Report of the Indian Hemp Drugs Commission, 1894-1895 - Volume VII
Year: 1894
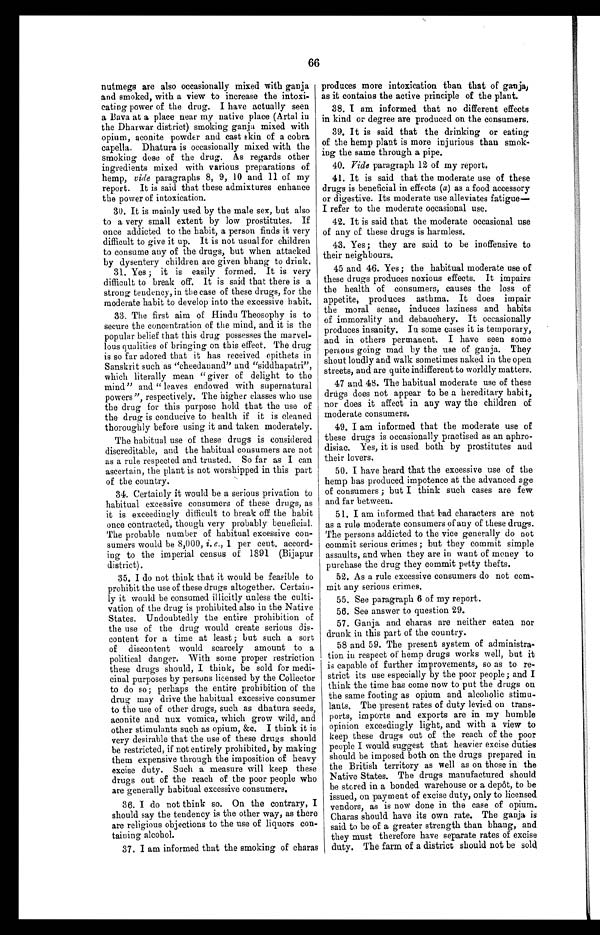
66
nutmegs are also occasionally mixed with ganja
and smoked, with a view to increase the intoxi-
cating power of the drug. I have actually seen
a Bava at a place near my native place (Artal in
the Dharwar district) smoking ganja mixed with
opium, aconite powder and cast skin of a cobra
capella. Dhatura is occasionally mixed with the
smoking dose of the drug. As regards other
ingredients mixed with various preparations of
hemp, vide paragraphs 8, 9, 10 and 11 of my
report. It is said that these admixtures enhance
the power of intoxication.
30. It is mainly used by the male sex, but also
to a very small extent by low prostitutes. If
once addicted to the habit, a person finds it very
difficult to give it up. It is not usual for children
to consume any of the drugs, but when attacked
by dysentery children are given bhang to drink.
31. Yes ; it is easily formed. It is very
difficult to break off. It is said that there is a
strong tendency, in the case of these drugs, for the
moderate habit to develop into the excessive habit.
33. The first aim of Hindu Theosophy is to
secure the concentration of the mind, and it is the
popular belief that this drug possesses the marvel
- l o u s q u a l i t i e s o f b r i n g i n g o n t h i s e f f e c t . T h e d r u g
is so far adored that it has received epithets in
Sanskrit such as "cheedanand" and "siddhapatri",
which literally mean "giver of delight to the
mind" and "leaves endowed with supernatural
powers", respectively. The higher classes who use
the drug for this purpose hold that the use of
the drug is conducive to health if it is cleaned
thoroughly before using it and taken moderately.
The habitual use of these drugs is considered
discreditable, and the habitual consumers are not
as a rule respected and trusted. So far as I can
ascertain, the plant is not worshipped in this part
of the country.
34. Certainly it would be a serious privation to
habitual excessive consumers of these drugs, as
it is exceedingly difficult to break off the habit
once contracted, though very probably beneficial.
The probable number of habitual excessive con
- s u m e r s w o u l d b e 8 , 0 0 0 ,
i . e . ,
1 per cent. accord-
ing to the imperial census of 1891 (Bijapur
district).
35. I do not think that it would be feasible to
prohibit the use of these drugs altogether. Certain
-ly it would be consumed illicitly unless the culti
-vation of the drug is prohibited also in the Native
States. Undoubtedly the entire prohibition of
the use of the drug would create serious dis
- c o n t e n t f o r a t i m e a t l e a s t ; b u t s u c h a s o r t
of discontent would scarcely amount to a
political danger. With some proper restriction
these drugs should, I think, be sold for medi
- c i n a l p u r p o s e s b y p e r s o n s l i c e n s e d b y t h e C o l l e c t o r
to do so ; perhaps the entire prohibition of the
drug may drive the habitual excessive consumer
to the use of other drugs, such as dhatura seeds,
aconite and nux vomica, which grow wild, and
other stimulants such as opium, &c. I think it is
very desirable that the use of these drugs should
be restricted, if not entirely prohibited, by making
them expensive through the imposition of heavy
excise duty. Such a measure will keep these
drugs out of the reach of the poor people who
are generally habitual excessive consumers.
36. I do not think so. On the contrary, I
should say the tendency is the other way, as there
are religious objections to the use of liquors con
- t a i n i n g a l c o h o l .
37. I am informed that the smoking of charas produces more intoxication than that of ganja,
as it contains the active principle of the plant.
38. I am informed that no different effects
in kind or degree are produced on the consumers.
39. It is said that the drinking or eating
of the hemp plant is more injurious than smok
- i n g t h e s a m e t h r o u g h a p i p e .
40. Vide paragraph 12 of my report.
41. It is said that the moderate use of these
drugs is beneficial in effects (a) as a food accessory
or digestive. Its moderate use alleviates fatigue—
I refer to the moderate occasional use.
42. It is said that the moderate occasional use
of any of these drugs is harmless.
43. Yes; they are said to be inoffensive to
their neighbours.
45 and 46. Yes ; the habitual moderate use of
these drugs produces noxious effects. It impairs
the health of consumers, causes the loss of
appetite, produces asthma. It does impair
the moral sense, induces laziness and habits
of immorality and debauchery. It occasionally
produces insanity. In some cases it is temporary,
and in others permanent. I have seen some
persons going mad by the use of ganja. They
shout loudly and walk sometimes naked in the open
streets, and are quite indifferent to worldly matters.
47 and 48. The habitual moderate use of these
drugs does not appear to be a hereditary habit,
nor does it affect in any way the children of
moderate consumers.
49. I am informed that the moderate use of
these drugs is occasionally practised as an aphro
- d i s i a c . Y e s , i t i s u s e d b o t h b y p r o s t i t u t e s a n d
their lovers.
50. I have heard that the excessive use of the
hemp has produced impotence at the advanced age
of consumers ; but I think such cases are few
and far between.
51. I am informed that bad characters are not
as a rule moderate consumers of any of these drugs.
The persons addicted to the vice generally do not
commit serious crimes ; but they commit simple
assaults, and when they are in want of money to
purchase the drug they commit petty thefts.
52. As a rule excessive consumers do not com
-mit any serious crimes.
55. See paragraph 6 of my report.
56. See answer to question 29.
57. Ganja and charas are neither eaten nor
drunk in this part of the country.
58 and 59. The present system of administra
-tion in respect of hemp drugs works well, but it
is capable of further improvements, so as to re
-strict its use especially by the poor people; and
I t h i n k t h e t i m e h a s c o m e n o w t o p u t t h e d r u g s o n
the same footing as opium and alcoholic stimu-
lants. The present rates of duty levied on trans
-ports, imports and exports are in my humble
opinion exceedingly light, and with a view to
keep these drugs out of the reach of the poor
people I would suggest that heavier excise duties
should be imposed both on the drugs prepared in
the British territory as well as on those in the
Native States. The drugs manufactured should
be stored in a bonded warehouse or a depôt, to be
issued, on payment of excise duty, only to licensed
vendors, as is now done in the case of opium.
Charas should have its own rate. The ganja is
said to be of a greater strength than bhang, and
they must therefore have separate rates of excise
duty. The farm of a district should not be sold